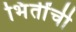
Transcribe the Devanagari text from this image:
भिंतींची